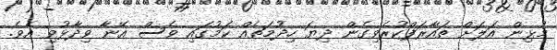
މުޅިން އަލަށް ތައާރަފްކުރެވިގެން ދިޔަ ހިދުމަތެއް ކަމުގައި ވެސް އޭނާ ވިދާޅުވި އެވެ.